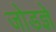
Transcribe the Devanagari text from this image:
जोडज्ञे